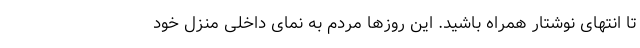
تا انتهای نوشتار همراه باشید. این روزها مردم به نمای داخلی منزل خود